Vaccination in the Punjab 1883-1896 - 1883-1896
Year: 1883
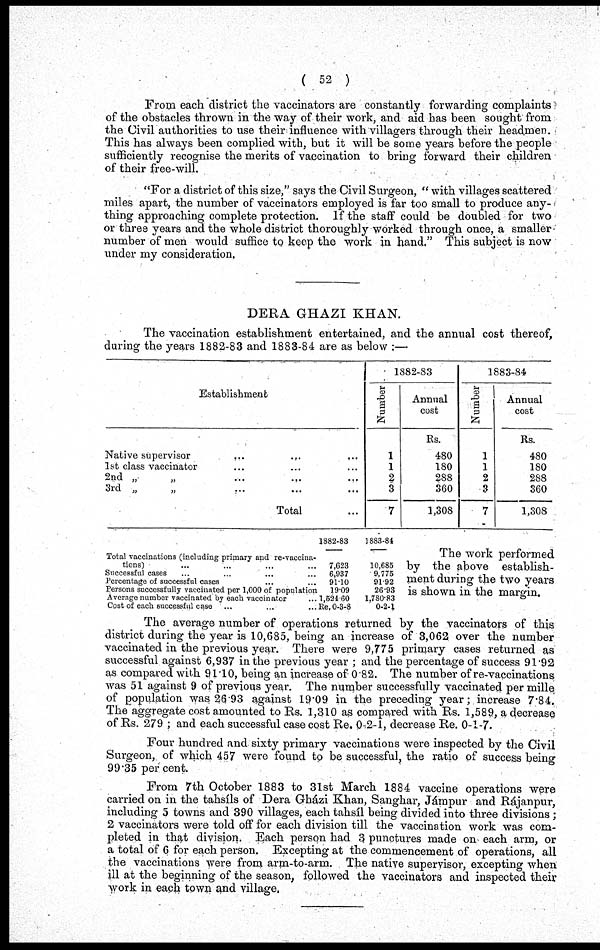
( 52 )
From each district the vaccinators are constantly forwarding complaints
of the obstacles thrown in the way of their work, and aid has been sought from
the Civil authorities to use their influence with villagers through their headmen.
This has always been complied with, but it will be some years before the people
sufficiently recognise the merits of vaccination to bring forward their children
of their free-will.
"For a district of this size," says the Civil Surgeon, "with villages scattered
miles apart, the number of vaccinators employed is far too small to produce any-
thing approaching complete protection. If the staff could be doubled for two
or three years and the whole district thoroughly worked through once, a smaller¬
number of men would suffice to keep the work in hand." This subject is now
under my consideration.
DERA GHAZI KHAN.
The vaccination establishment entertained, and the annual cost thereof,
during the years 1882-83 and 1883-84 are as below ;—
Establishment
Native supervisor
...
...
...
1st class vaccinator ... ... ...
2nd „ „ ... ... ...
3rd „ „ ... ... ...
Total ...
1882-83
Number
1
1
2
3
7
Annual
cost
Rs.
480
180
388
360
1,308
1883-84
Number
1
1
2
3
7
Annual
cost
Rs.
480
180
288
360
1,308
Total vaccinations (including primary and re-vaccina-
tions)
...
...
...
...
Successful cases ... ... ... ...
Percentage of successful cases ... ... ... ...
Persons successfully vaccinated per 1,000 of population
Average number vaccinated by each vaccinator ... ...
Cost of each successful case ... ... ... ...
1882-83
7,623
6,937
91.10
19.09
1,524.60
Re. 0-3-8
1883-84
10,685
9,775
91.92
26.93
l,780.83
0-2-1
The work performed
by the above establish-
ment during the two years
is shown in the margin.
The average number of operations returned by the vaccinators of this
district during the year is 10,685, being an increase of 3,062 over the number
vaccinated in the previous year. There were 9,775 primary cases returned as
successful against 6,937 in the previous year; and the percentage of success 91.92
as compared with 91.10. being an increase of 0.82. The number of re-vaccinations
was 51 against 9 of previous year. The number successfully vaccinated per mille
of population was 26.93 against 19.09 in the preceding year; increase 7.84.
The aggregate cost amounted to Rs. 1,310 as compared with Rs. 1,589 a decrease,
of Rs. 279 ; and each successful case cost Re. 0-2-1, decrease Re. 0-1-7.
Four hundred and sixty primary vaccinations were inspected by the Civil
Surgeon, of which 457 were found to be successful, the ratio of success being
99.35 per cent.
From 7th October 1883 to 31st March 1884 vaccine operations were
carried on in the tahsíls of Dera Gházi Khan, Sanghar, Jámpur and Rájanpur,
including 5 towns and 390 villages, each tahsíl being divided into three divisions;
2 vaccinators were told off for each division till the vaccination work was com-
pleted in that division. Each person had 3 punctures made on each arm, or
a total of 6 for each person. Excepting at the commencement of operations, all
the vaccinations were from arm-to-arm. The native supervisor, excepting when
ill at the beginning of the season, followed the vaccinators and inspected their
work in each town and village.